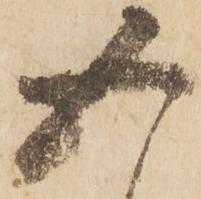
五